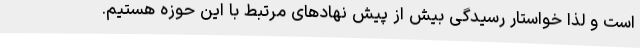
است و لذا خواستار رسیدگی بیش از پیش نهادهای مرتبط با این حوزه هستیم.